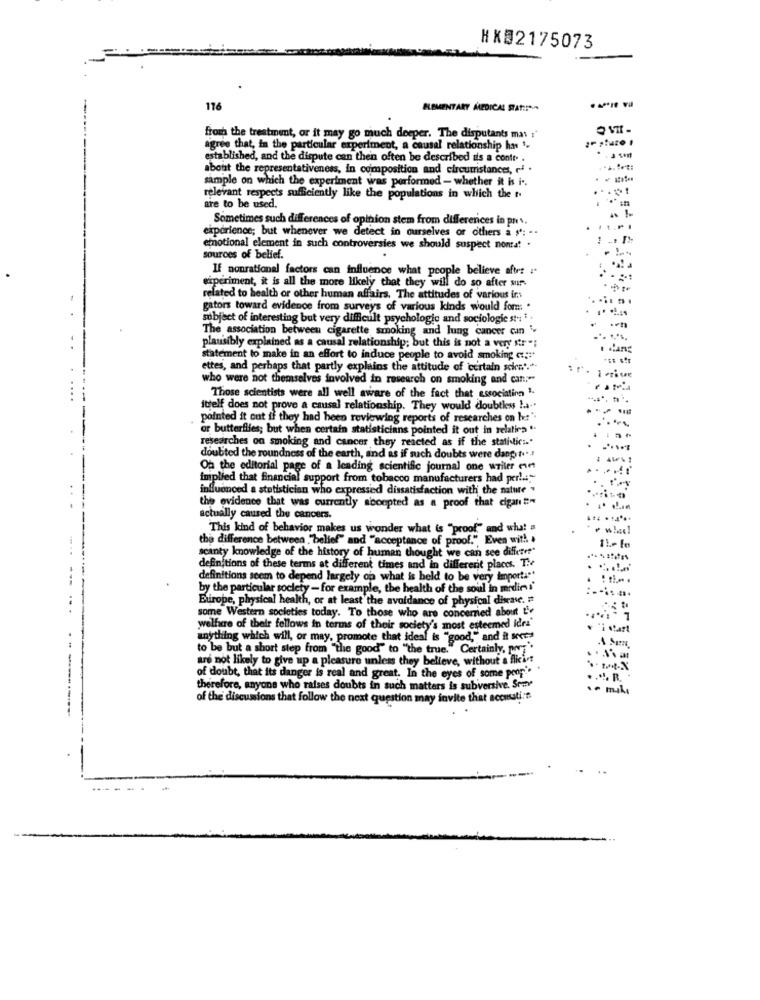
HX02175073
116
ELEMENTARY ALEDICAL STATE !**
from the treatment, or it may go much deeper. The disputants mas :"
agree that, in the particular experiment, a causal relationship has 1.
established, and the dispute can then often be described as a conte. .
about the representativeness, in composition and circumstances, f .
sample on which the experiment was performed - whether it is i ..
relevant respects sufficiently like the populations in which the t.
are to be used.
Sometimes such differences of opinion stem from differences in pn s.
experience; but whenever we detect in ourselves or others & #: ..
emotional element in such controversies we should suspect nonta! .
sources of belief.
If nonrational factors can influence what people believe after i.
experiment, it is all the more likely that they will do so after sur
related to health or other human affairs, The attitudes of various ins
gators toward evidence from surveys of various kinds would form: .
subject of interesting but very difficult psychologic and sociologie st -: 1 .
The association between cigarette smoking and lung cancer can .
plausibly explained as a causal relationship; but this is not a very str ":
statement to make in an effort to induce people to avoid smoking c ::*
ettes, and perhaps that partly explains the attitude of certain scica"."
who were not themselves involved in research on smoking and can:"
Those scientists were all well aware of the fact that associating ".
itself does not prove a causal relationship. They would doubtless !...
--
pointed it out if they had been reviewing reports of researches on het".
. ...
or butterflies; but when certain statisticians pointed it out in relativa "
researches on smoking and cancer they reacted as if the statistici."
doubted the roundness of the earth, and as if such doubts were danpyt ...!
Oh the editorial page of a leading scientific journal one writer evet
implied that financial support from tobacco manufacturers had per!"
influenced a statistician who expressed dissatisfaction with the nature "
the evidence that was currently accepted as a proof that cigan t:"
actually caused the cancers.
This kind of behavior makes us wonder what is "proof" and what a
the difference between "belief" and "acceptance of proof.", Even with .
scanty knowledge of the history of human thought we can see diffetet"
definitions of these terms at different times and in different places. The
definitions seem to depend largely op what is held to be very importa""
. :....
by the particular society -for example, the health of the soul in medios
Europe, physical health, or at least the avoidance of physical disease. #
some Western societies today. To those who are concerried about tie
welfare of their fellows in terms of their society's most esteemed idea"
anything which will, or may, promote that ideal is "good,", and it socca
to be but a short step from "the good"to "the true." Certainly, [v]"
are not likely to give up a pleasure unless they believe, without a flicist
of doubt, that its danger is real and great. In the eyes of some poor
therefore, anyone who raises doubts in such matters is subversive. Se-
of the discussions that follow the next question may invite that sccmati:
-----------